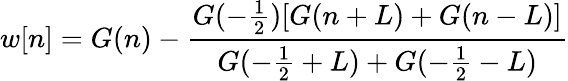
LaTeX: w[n]=G(n)-{\frac{G(-{\frac{1}{2}})[G(n+L)+G(n-L)]}{G(-{\frac{1}{2}}+L)+G(-{\frac{1}{2}}-L)}}